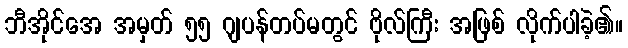
ဘီအိုင်အေ အမှတ် ၅၅ ဂျပန်တပ်မတွင် ဗိုလ်ကြီး အဖြစ် လိုက်ပါခဲ့၏။